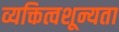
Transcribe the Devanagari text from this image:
व्यक्तित्वशून्यता